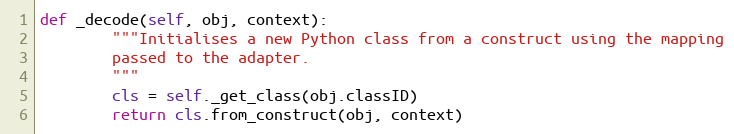
Language: Python
def _decode(self, obj, context):
        """Initialises a new Python class from a construct using the mapping
        passed to the adapter.
        """
        cls = self._get_class(obj.classID)
        return cls.from_construct(obj, context)